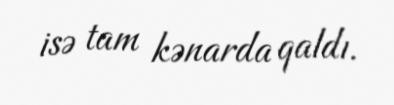
isə tam kənarda qaldı.